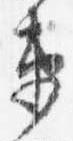
衛